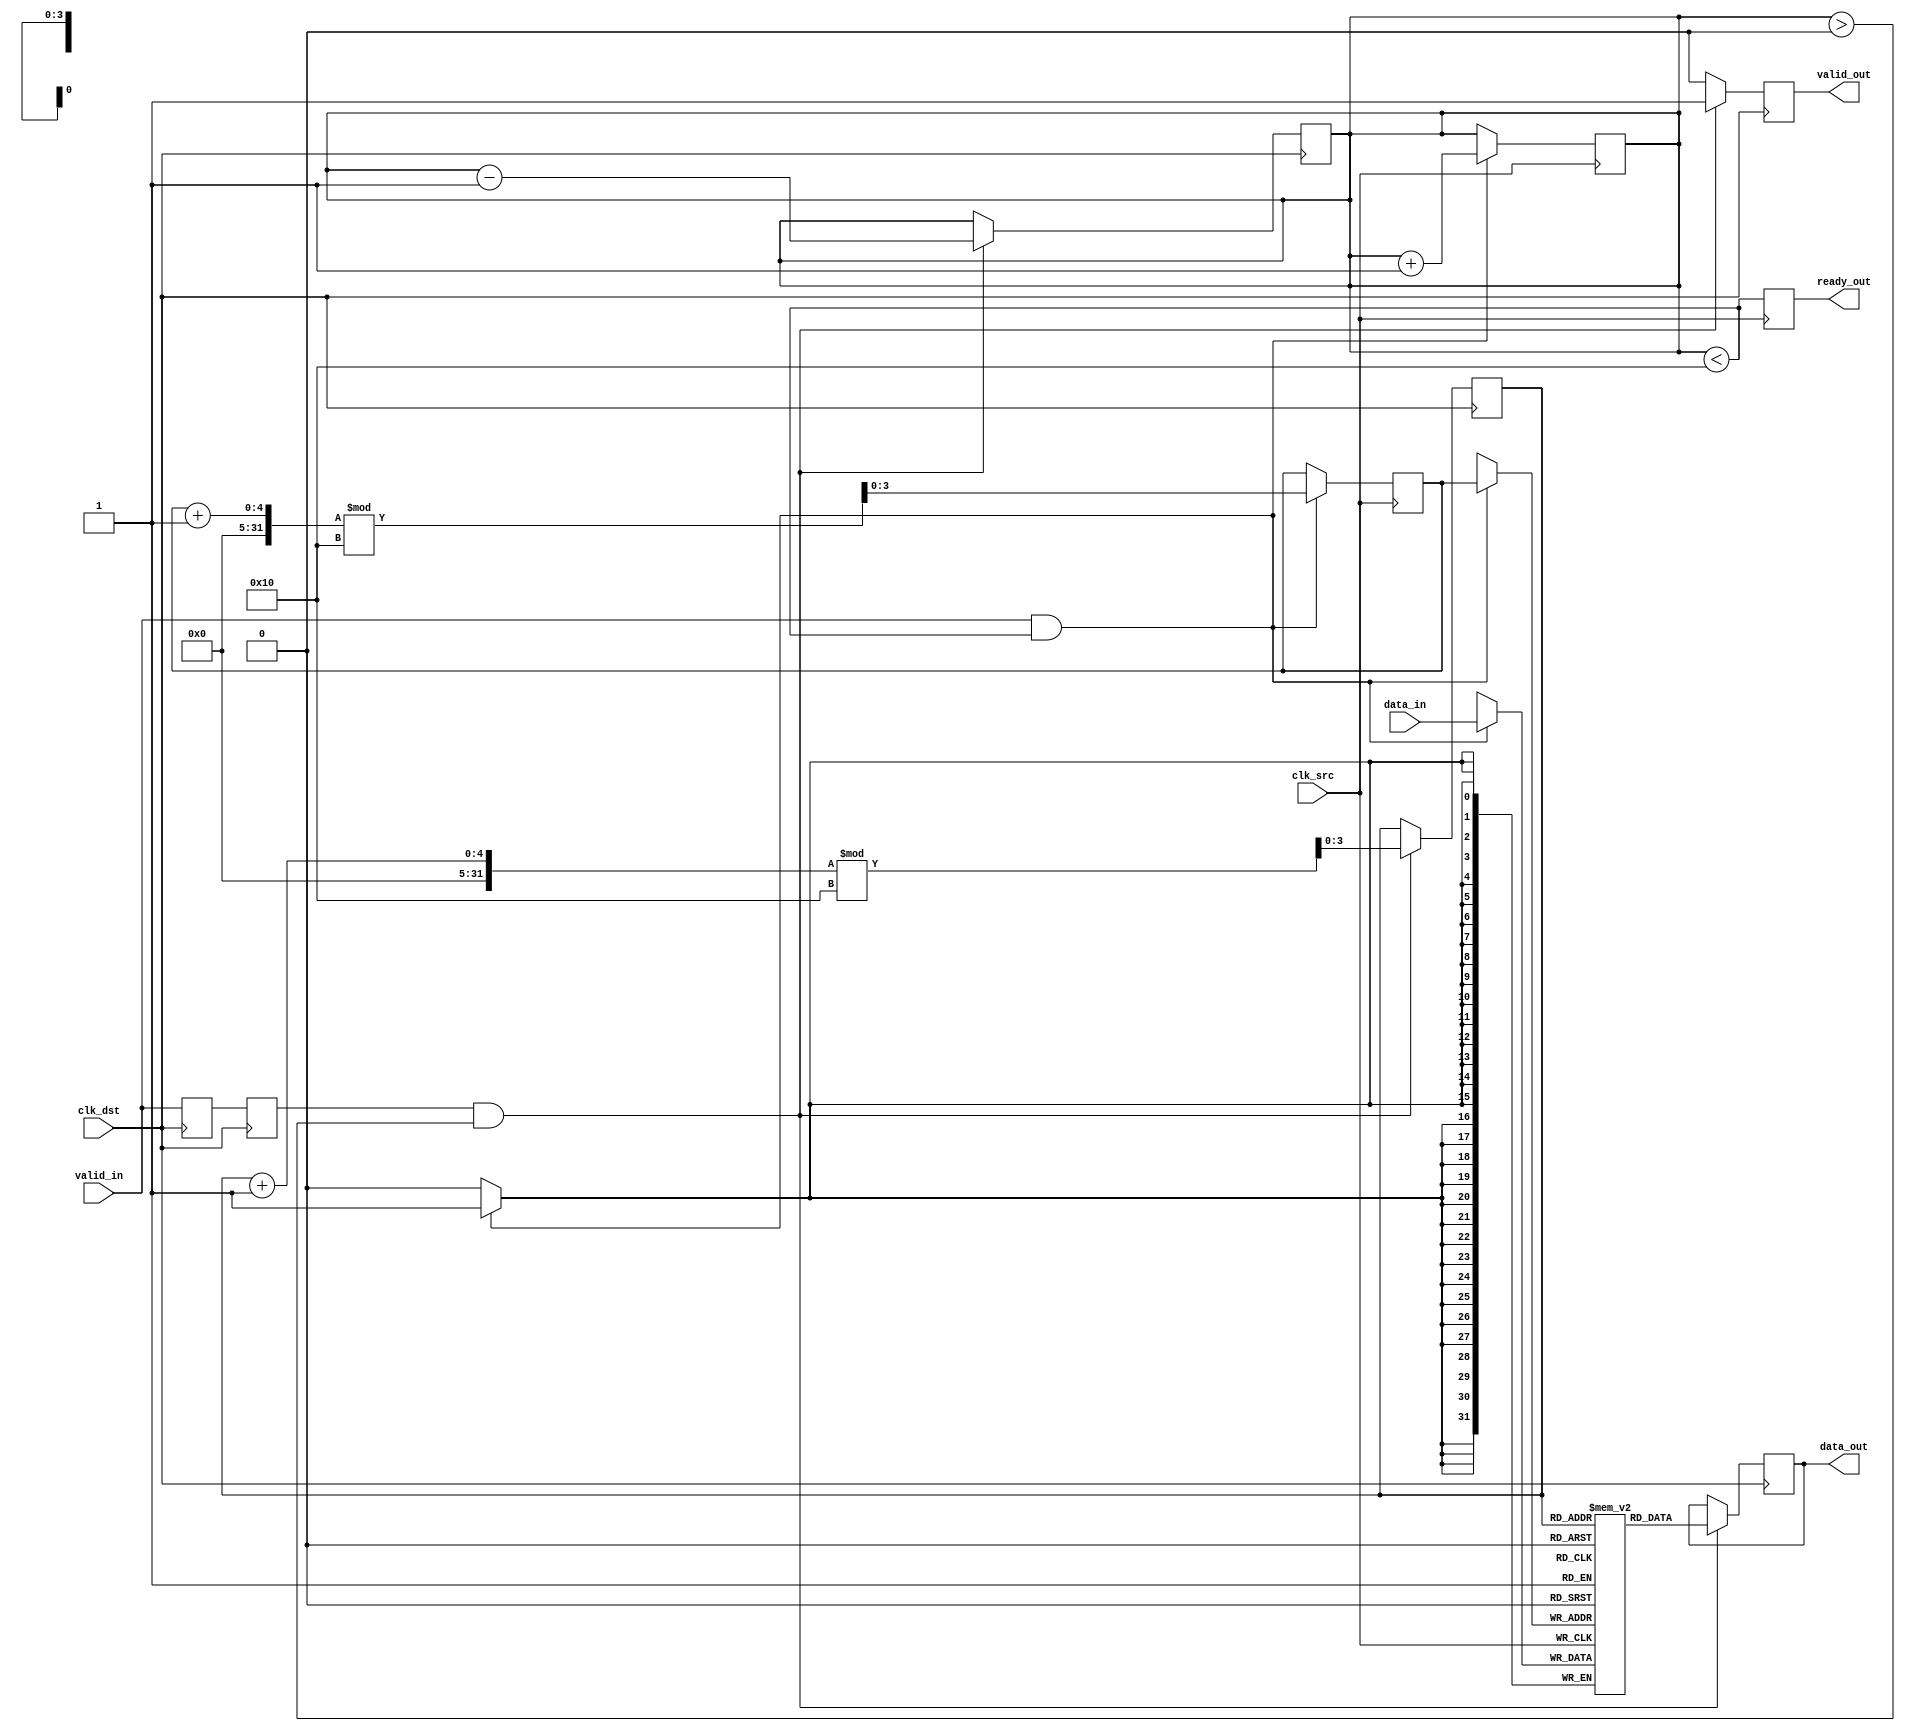
module BurstModeSynchronizer #(
    parameter DATA_WIDTH = 32,
    parameter FIFO_DEPTH = 16
)(
    input wire clk_src,                // Source clock
    input wire clk_dst,                // Destination clock
    input wire [DATA_WIDTH-1:0] data_in, // Data input from source clock domain
    input wire valid_in,               // Valid signal from source clock domain
    output reg ready_out,              // Ready signal for source clock domain
    output reg [DATA_WIDTH-1:0] data_out, // Data output to destination clock domain
    output reg valid_out               // Valid signal for destination clock domain
);

    // FIFO buffer
    reg [DATA_WIDTH-1:0] fifo [0:FIFO_DEPTH-1];
    reg [3:0] write_ptr = 0;
    reg [3:0] read_ptr = 0;
    reg [3:0] fifo_count = 0;

    // Synchronization logic
    reg valid_sync_1 = 0;
    reg valid_sync_2 = 0;

    // Handshaking signals
    reg ack_in = 0;
    reg ack_out = 0;

    // Capture data on the source clock domain
    always @(posedge clk_src) begin
        if (valid_in && (fifo_count < FIFO_DEPTH)) begin
            fifo[write_ptr] <= data_in;
            write_ptr <= (write_ptr + 1) % FIFO_DEPTH;
            fifo_count <= fifo_count + 1;
        end
        ready_out <= (fifo_count < FIFO_DEPTH);
    end

    // Synchronize valid signal to the destination clock domain
    always @(posedge clk_dst) begin
        valid_sync_1 <= valid_in;
        valid_sync_2 <= valid_sync_1;
    end

    // Transfer data from FIFO to destination clock domain
    always @(posedge clk_dst) begin
        if (valid_sync_2 && (fifo_count > 0)) begin
            data_out <= fifo[read_ptr];
            read_ptr <= (read_ptr + 1) % FIFO_DEPTH;
            fifo_count <= fifo_count - 1;
            valid_out <= 1; // Assert valid_out to indicate data is available
        end else begin
            valid_out <= 0; // Deassert valid_out if no data is available
        end
    end

    // Acknowledge signal
    always @(posedge clk_src) begin
        if (valid_out) begin
            ack_in <= 1; // Acknowledge data received
        end else begin
            ack_in <= 0;
        end
    end

    always @(posedge clk_dst) begin
        ack_out <= valid_out; // Acknowledge the valid signal
    end

endmodule